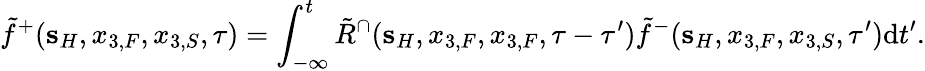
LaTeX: \tilde{f}^{+}({\mathbf s}_{H},x_{3,F},x_{3,S},\tau)=\int_{-\infty}^{t}\tilde{R}^{\cap}({\mathbf s}_{H},x_{3,F},x_{3,F},\tau-\tau^{\prime})\tilde{f}^{-}({\mathbf s}_{H},x_{3,F},x_{3,S},\tau^{\prime})\mathrm{d}t^{\prime}.